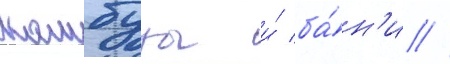
камбузы и́ ба́н'и //